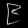
Digit: ၉